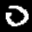
Label: 0